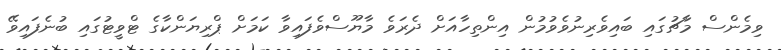
ވިމެންސް މާޗުގައި ބައިވެރިނުވެވުމުން އިންތިހާއަށް ދެރަވެ މާޔޫސްވެފައިވާ ކަމަށް ޕްރިޔަންކާގެ ޓްވީޓުގައި ބުނެފައިވޭ